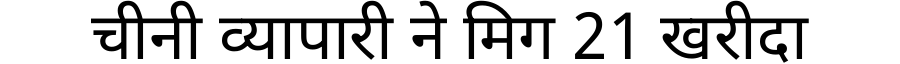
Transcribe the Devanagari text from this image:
चीनी व्यापारी ने मिग 21 खरीदा